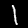
Label: 1